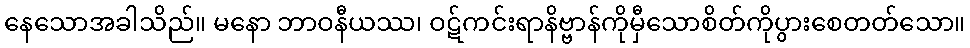
နေသောအခါသိည်။ မနော ဘာဝနီယဿ၊ ဝဋ်ကင်းရာနိဗ္ဗာန်ကိုမှီသောစိတ်ကိုပွားစေတတ်သော။